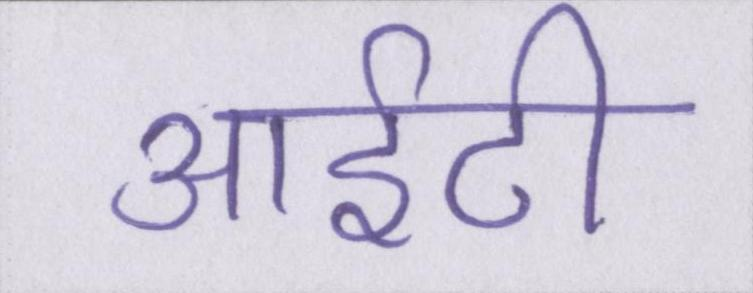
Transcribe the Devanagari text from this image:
आईटी